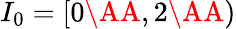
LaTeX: I_{0}=[0\AA,2\AA)